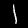
Digit: 1